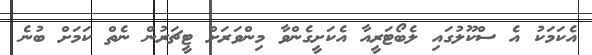
އެކަމަކު އެ ސްކޫލުގައި ލެބޯޓަރީއާ އެކަށީގެންވާ މިންވަރަށް ޓީޗަރުން ނެތް ކަމަށް ބުނެ